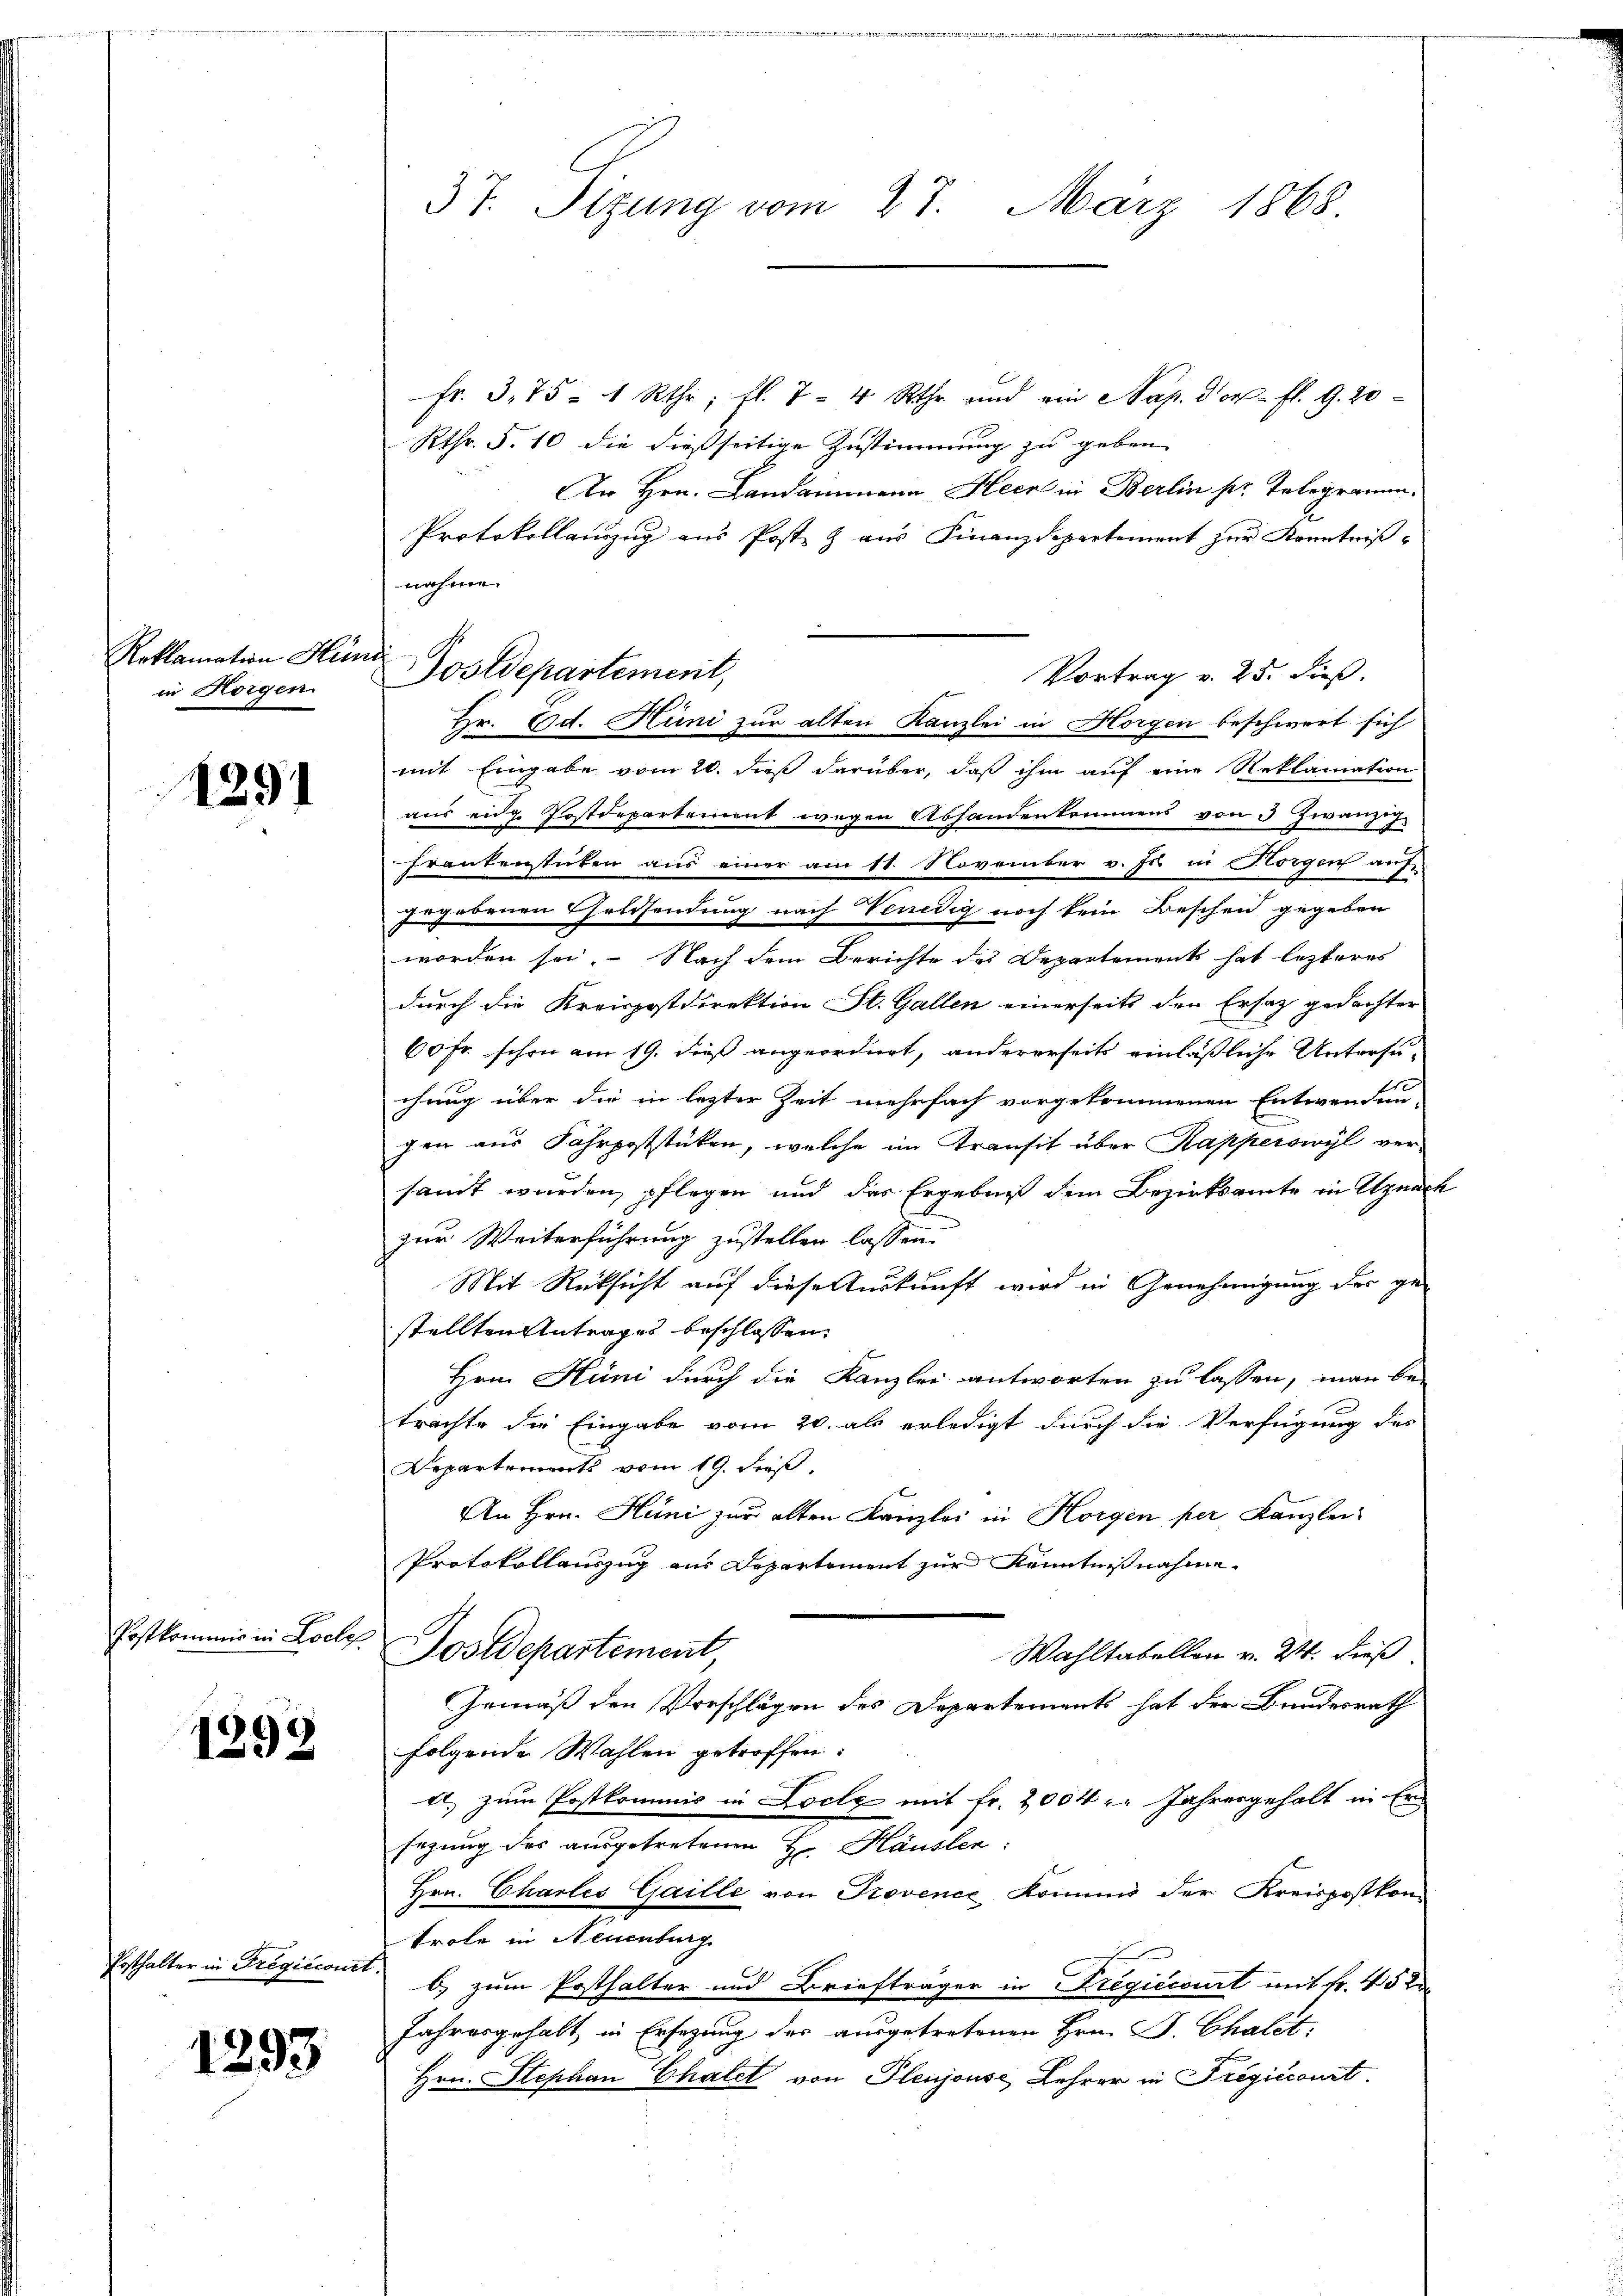
Reklamation Hür
in Horgen

1291

Postkommer in Loche

1292.

Posthalter in Fregicionet

1293

37. Sizung vom 27. März 1868.

fr. 375 - 1 Rthr; fl. 7- 4 Uhr und ein Nap. der fl. 9. 20
Rthr. S. 10 die dießseitige Zustimmung zu geben
An Hrn. Landammann Heer in Berlin ser Telegramm,
Protokollauszug aus Post & aus Finanzdepartement zur Kenntnißnahme.
Vortrag v. 25. dieß.
Hr. Bd. Hüni zur alten Kanzlei in Horgen beschwert sich
mit Eingabe vom 20. dieß darüber, daß ihm auf eine Reklamation
aus eidg Postdepartement wegen Abhandenkommens von 3 Zwangs
Frankenstücken aus einer am 11. November v. Js. in Horgen auf
Zugebenen Goldsendung nach Venedig noch kein Beschen gegeben
worden sei. Nach dem Berichte des Departements hat lezteres
durch die Kreispostdirektion St. Gallen einerseits den Ersatz gedachter
60 fr. schon am 19. dieß angeordnet, andererseits einläßliche Untersuchung über die in lezter Zeit mehrfach vorgekommenen Entwendun-
gen aus Fahrpoststücken, welche im Transit über Kapperswyl versant wurden, pflegen und das Ergebniß dem Bezirksamte in Uznach
zur Weiterführung zustellen lassen.
Mit Rücksicht auf diese Auskunft wird in Genehmigung der ge-
stellten Antrages beschlossen.
Hrn. Hüni durch die Kanzlei antworten zu lassen, man be-
trachte die Eingabe vom 20. als erledigt durch die Verfügung des
Departement vom 19. Fuß,
An Hrn. Hüni zur alten Kanzlei in Horgen per Kanzlei
Protokollauszug aus Departement zur Kenntnißnahme
Postdepartement,
Wahltabellon v. 24. dieß.
Gemäß den Vorschlägen des Departements hat der Bundesrath
folgende Wahlen getroffen.
d. zum Postkommis in Loche mit Fr. 2004. " Jahresgehalt in Ers
sezung des ausgetretenen H. Häuslen:
Hrn. Chartes Gaille von Provence Komino der Kreispostkon-
Trole in Neuenburg
b) zum Posthalter und Briefträger in Fregiccourt mit Fr. 45 Xr
Jahresgehalt, in Ersezung des ausgetretenen Hrn. P. Chalst
Hrn. Stephan Chatel von Plenjouse Lehrer in Trepiccanzt.

¬
Postdepartement,